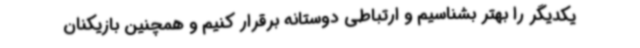
یکدیگر را بهتر بشناسیم و ارتباطی دوستانه برقرار کنیم و همچنین بازیکنان